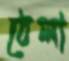
ঠেলা